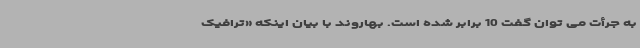
به جرأت می توان گفت 10 برابر شده است. بهاروند با بیان اینکه «ترافیک